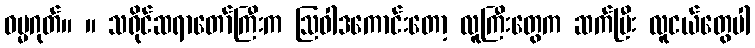
ဓမ္မဂုတ်။ ။ သရိုင်ဆရာတော်ကြီးက ဩဝါဒကောင်းတော့ လူကြီးတွေက ဆက်ပြီး လူငယ်တွေပါ